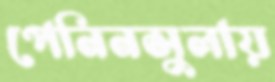
পেনিনসুলায়